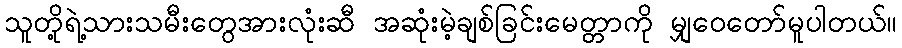
သူတို့ရဲ့သားသမီးတွေအားလုံးဆီ အဆုံးမဲ့ချစ်ခြင်းမေတ္တာကို မျှဝေတော်မူပါတယ်။